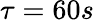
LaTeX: \tau=60s